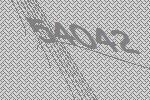
54042